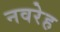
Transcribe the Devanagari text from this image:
नवरेह